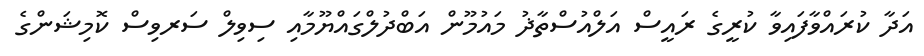
އަދާ ކުރައްވާފައިވާ ކުރީގެ ރައީސް އަލްއުސްތާޛު މައުމޫން އަބްދުލްގައްޔޫމާއި ސިވިލް ސަރވިސް ކޮމިޝަންގެ